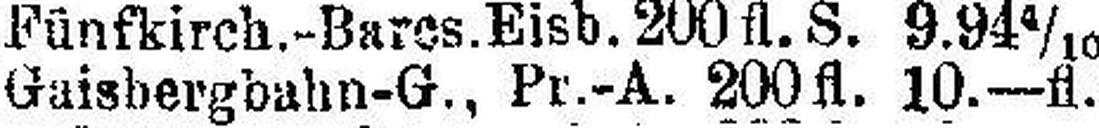
Gaisbergbahn-G., Pr.-A. 200 fl. 10.—fl.